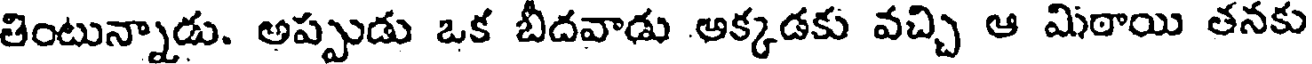
తింటున్నాడు. అప్పుడు ఒక బీదవాడు అక్కడకు వచ్చి ఆ మిఠాయి తనకు